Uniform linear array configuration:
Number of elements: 12
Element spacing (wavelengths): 0.5
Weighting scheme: kaiser
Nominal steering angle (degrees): -60
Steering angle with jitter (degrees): -58.266
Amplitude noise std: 0.05
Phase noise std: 0.05

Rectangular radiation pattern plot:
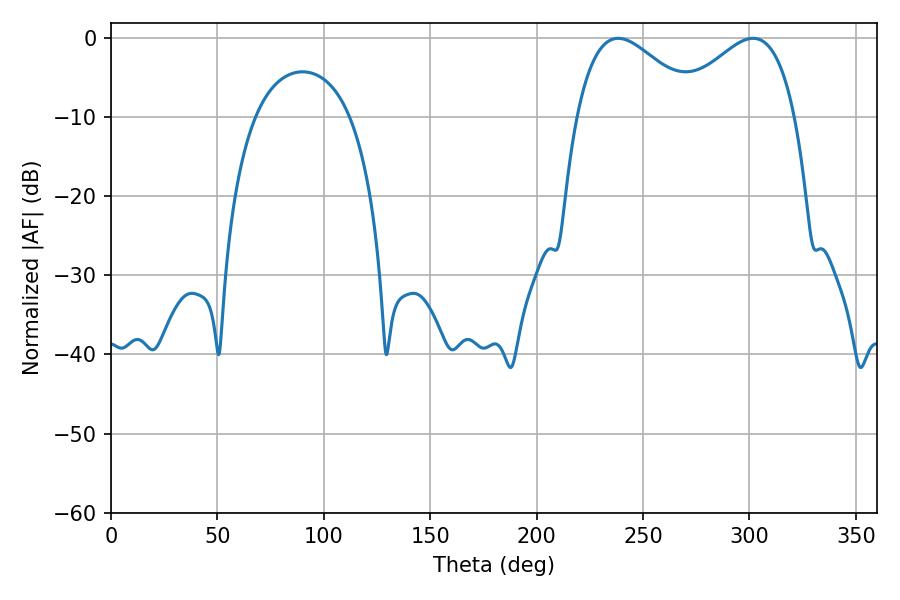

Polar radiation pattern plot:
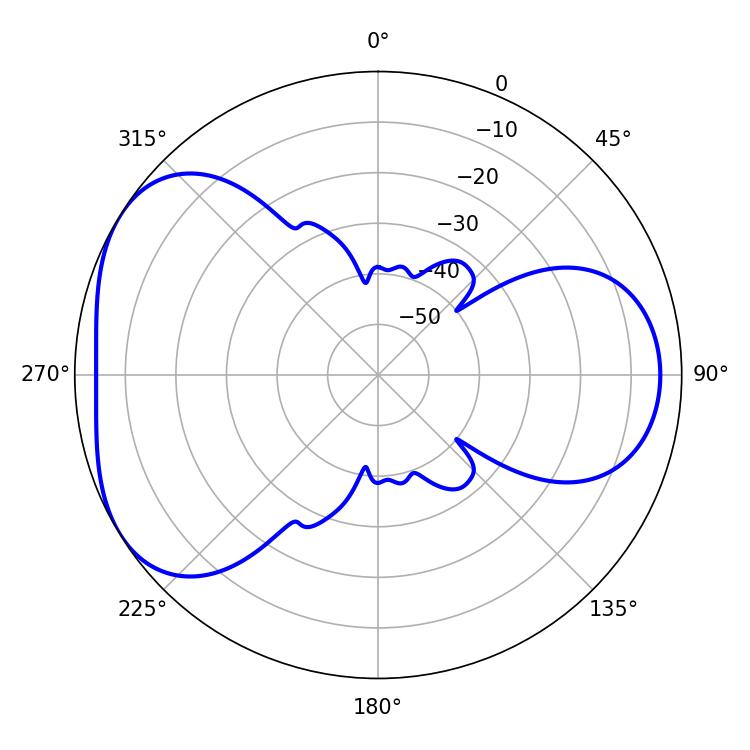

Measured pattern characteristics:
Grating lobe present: FALSE
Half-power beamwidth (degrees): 31.14
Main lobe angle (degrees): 238.32